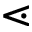
\lessdot